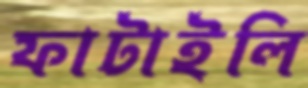
ফাটাইলি